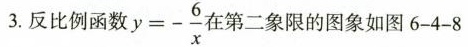
3.反比例函数 $$y = - \frac { 6 } { x }$$ 在第二象限的图象如图6-4-8